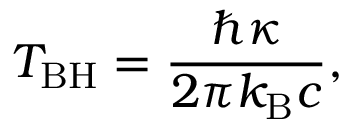
T _ { \mathrm { B H } } = \frac { \hbar \kappa } { 2 \pi k _ { \mathrm { B } } c } ,